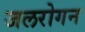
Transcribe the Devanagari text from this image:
जलरोगन